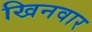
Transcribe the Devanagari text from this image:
खिनवार